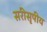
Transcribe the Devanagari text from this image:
सरीसृपीय